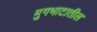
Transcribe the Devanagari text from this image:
मुगभाटातील